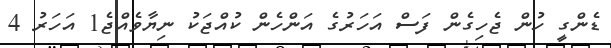
ޑެންގީ ހުން ޖެހިގެން ފަސް އަހަރުގެ އަންހެން ކުއްޖަކު ނިޔާވެއްޖެ1 އަހަރު 4